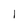
Character: 1